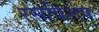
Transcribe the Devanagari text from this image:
रसविशेष